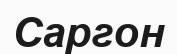
Саргон